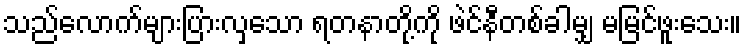
သည်လောက်များပြားလှသော ရတနာတို့ကို ဖဲင်နီတစ်ခါမျှ မမြင်ဖူးသေး။